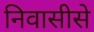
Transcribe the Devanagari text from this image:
निवासीसे